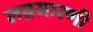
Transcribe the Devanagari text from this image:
लग्नसारणी